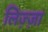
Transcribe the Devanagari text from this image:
लिज़्ज़ा